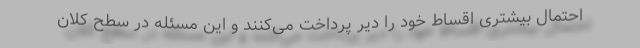
احتمال بیشتری اقساط خود را دیر پرداخت می‌کنند و این مسئله در سطح کلان